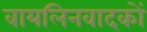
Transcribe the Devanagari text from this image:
वायलिनवादकों